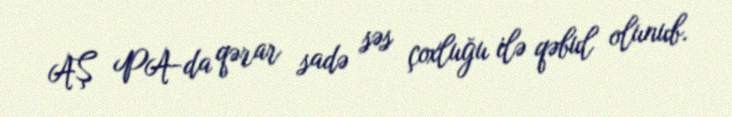
AŞ PA-da qərar sadə səs çoxluğu ilə qəbul olunub.